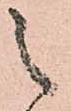
之